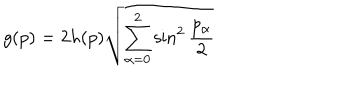
LaTeX: g ( p ) = 2 h ( p ) \sqrt { { \sum _ { \alpha = 0 } ^ { 2 } \sin ^ { 2 } { \frac { p _ { \alpha } } { 2 } } } }